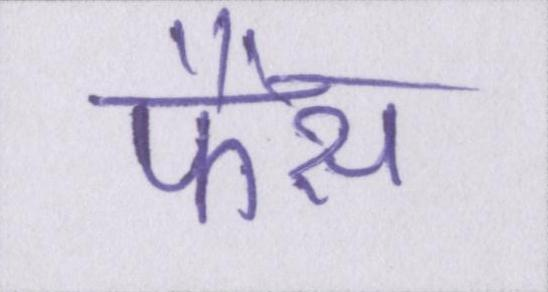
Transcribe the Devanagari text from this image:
फैंस